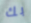
بك